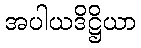
အပါယဒိဋ္ဌိယာ